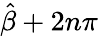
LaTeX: {\hat{\beta}}+2n\pi